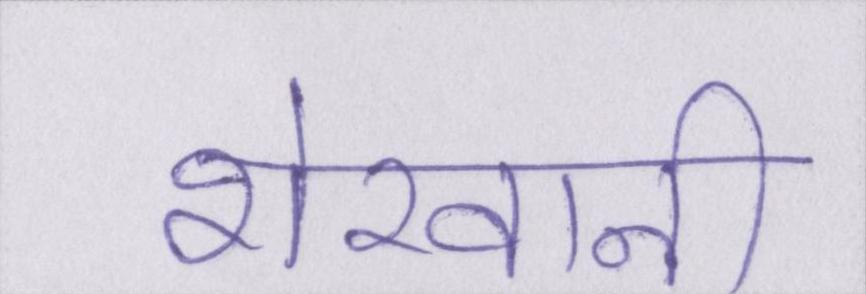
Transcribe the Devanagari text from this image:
शेरवानी